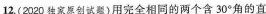
12.(2020独家原创试题)用完全相同的两个含30°角的直